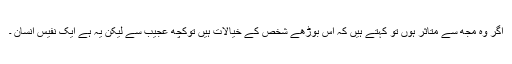
اگر وہ مجھ سے متاثر ہوں تو کہتے ہیں کہ اس بوڑھے شخص کے خیالات ہیں توکچھ عجیب سے لیکن یہ ہے ایک نفیس انسان ۔